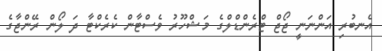
އެނބުރި އަންނަނީ ޖޯޖް ޓްރެންޑްލްގެ މަޝްހޫރު ވެސްޓާން ކެރެކްޓާ ދަ ލޯން ރޭންޖާގެ